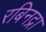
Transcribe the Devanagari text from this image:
रबिनद्रा